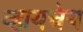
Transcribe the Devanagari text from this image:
व्हायचेय